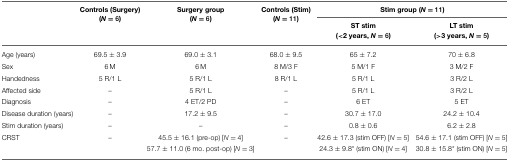
<table><thead><tr><td></td><td><b>Controls (Surgery) (<i>N</i> = 6)</b></td><td><b>Surgery group (<i>N</i> = 6)</b></td><td><b>Controls (Stim) (<i>N</i> = 11)</b></td><td colspan="2"><b>Stim group (<i>N</i> = 11)</b></td></tr><tr><td></td><td></td><td></td><td></td><td><b>ST stim (&lt;2 years, <i>N</i> = 6)</b></td><td><b>LT stim (&gt;3 years, <i>N</i> = 5)</b></td></tr></thead><tbody><tr><td>Age (years)</td><td>69.5 ± 3.9</td><td>69.0 ± 3.1</td><td>68.0 ± 9.5</td><td>65 ± 7.2</td><td>70 ± 6.8</td></tr><tr><td>Sex</td><td>6 M</td><td>6 M</td><td>8 M/3 F</td><td>5 M/1 F</td><td>3 M/2 F</td></tr><tr><td>Handedness</td><td>5 R/1 L</td><td>5 R/1 L</td><td>8 R/1 L</td><td>5 R/1 L</td><td>3 R/2 L</td></tr><tr><td>Affected side</td><td>–</td><td>5 R/1 L</td><td>–</td><td>5 R/1 L</td><td>3 R/2 L</td></tr><tr><td>Diagnosis</td><td>–</td><td>4 ET/2 PD</td><td>–</td><td>6 ET</td><td>5 ET</td></tr><tr><td>Disease duration (years)</td><td>–</td><td>17.2 ± 9.5</td><td>–</td><td>30.7 ± 17.0</td><td>24.2 ± 10.4</td></tr><tr><td>Stim duration (years)</td><td>–</td><td>–</td><td>–</td><td>0.8 ± 0.6</td><td>6.2 ± 2.8</td></tr><tr><td>CRST</td><td>–</td><td>45.5 ± 16.1 (pre-op) [<i>n</i> = 4]</td><td>–</td><td>42.6 ± 17.3 (stim OFF) [<i>n</i> = 5]</td><td>54.6 ± 17.1 (stim OFF) [<i>n</i> = 5]</td></tr><tr><td></td><td></td><td>57.7 ± 11.0 (6 mo. post-op) [<i>n</i> = 3]</td><td></td><td>24.3 ± 9.8<sup>*</sup> (stim ON) [<i>n</i> = 4]</td><td>30.8 ± 15.8<sup>*</sup> (stim ON) [<i>n</i> = 5]</td></tr></tbody></table>